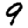
Digit: 9